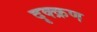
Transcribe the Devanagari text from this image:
दृक्क्रण